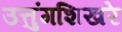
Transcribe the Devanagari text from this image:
उत्तुंगशिखरे